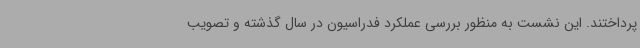
پرداختند. این نشست به منظور بررسی عملکرد فدراسیون در سال گذشته و تصویب